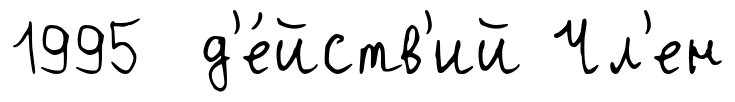
1995 д'е́йств'ий Чл'ен